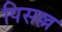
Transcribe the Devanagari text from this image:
पिसल्ल